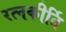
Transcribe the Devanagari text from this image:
रत्‍नकीर्ति